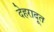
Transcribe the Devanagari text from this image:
देहरादूत